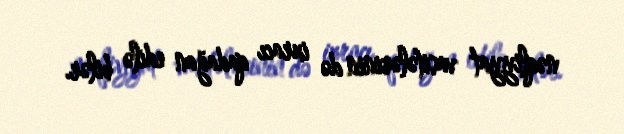
nəqliyyat vasitələrinin də ixracı qadağan edilə bilər.